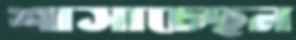
শাসাচ্ছেন